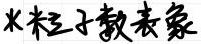
$\chi$粒子数表象